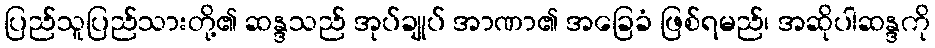
ပြည်သူပြည်သားတို့၏ ဆန္ဒသည် အုပ်ချုပ် အာဏာ၏ အခြေခံ ဖြစ်ရမည်၊ အဆိုပါဆန္ဒကို